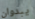
يبدوان